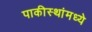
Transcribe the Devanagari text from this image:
पाकीस्थांमध्ये